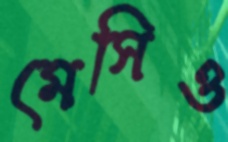
মেসিও